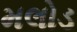
મલોડ